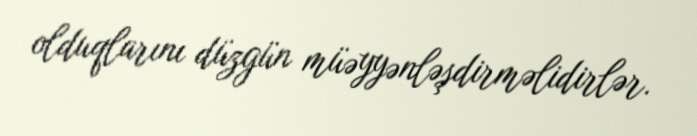
olduqlarını düzgün müəyyənləşdirməlidirlər.